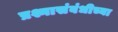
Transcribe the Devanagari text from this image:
प्रश्नासंबंधीच्या